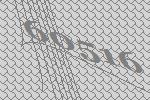
60516